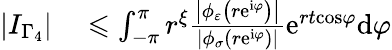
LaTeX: \begin{array}{rl}{\left\vert I_{\Gamma_{4}}\right\vert}&{{}\leqslant\int_{-\pi}^{\pi}r^{\xi}\frac{\left\vert\phi_{\varepsilon}\left(r\mathrm{e}^{\mathrm{i}\varphi}\right)\right\vert}{\left\vert\phi_{\sigma}\left(r\mathrm{e}^{\mathrm{i}\varphi}\right)\right\vert}\mathrm{e}^{rt\mathrm{\cos}\varphi}\mathrm{d}\varphi}\end{array}